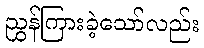
ညွှန်ကြားခဲ့သော်လည်း